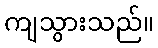
ကျသွားသည်။